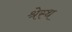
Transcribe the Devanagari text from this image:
श्रेस्थ